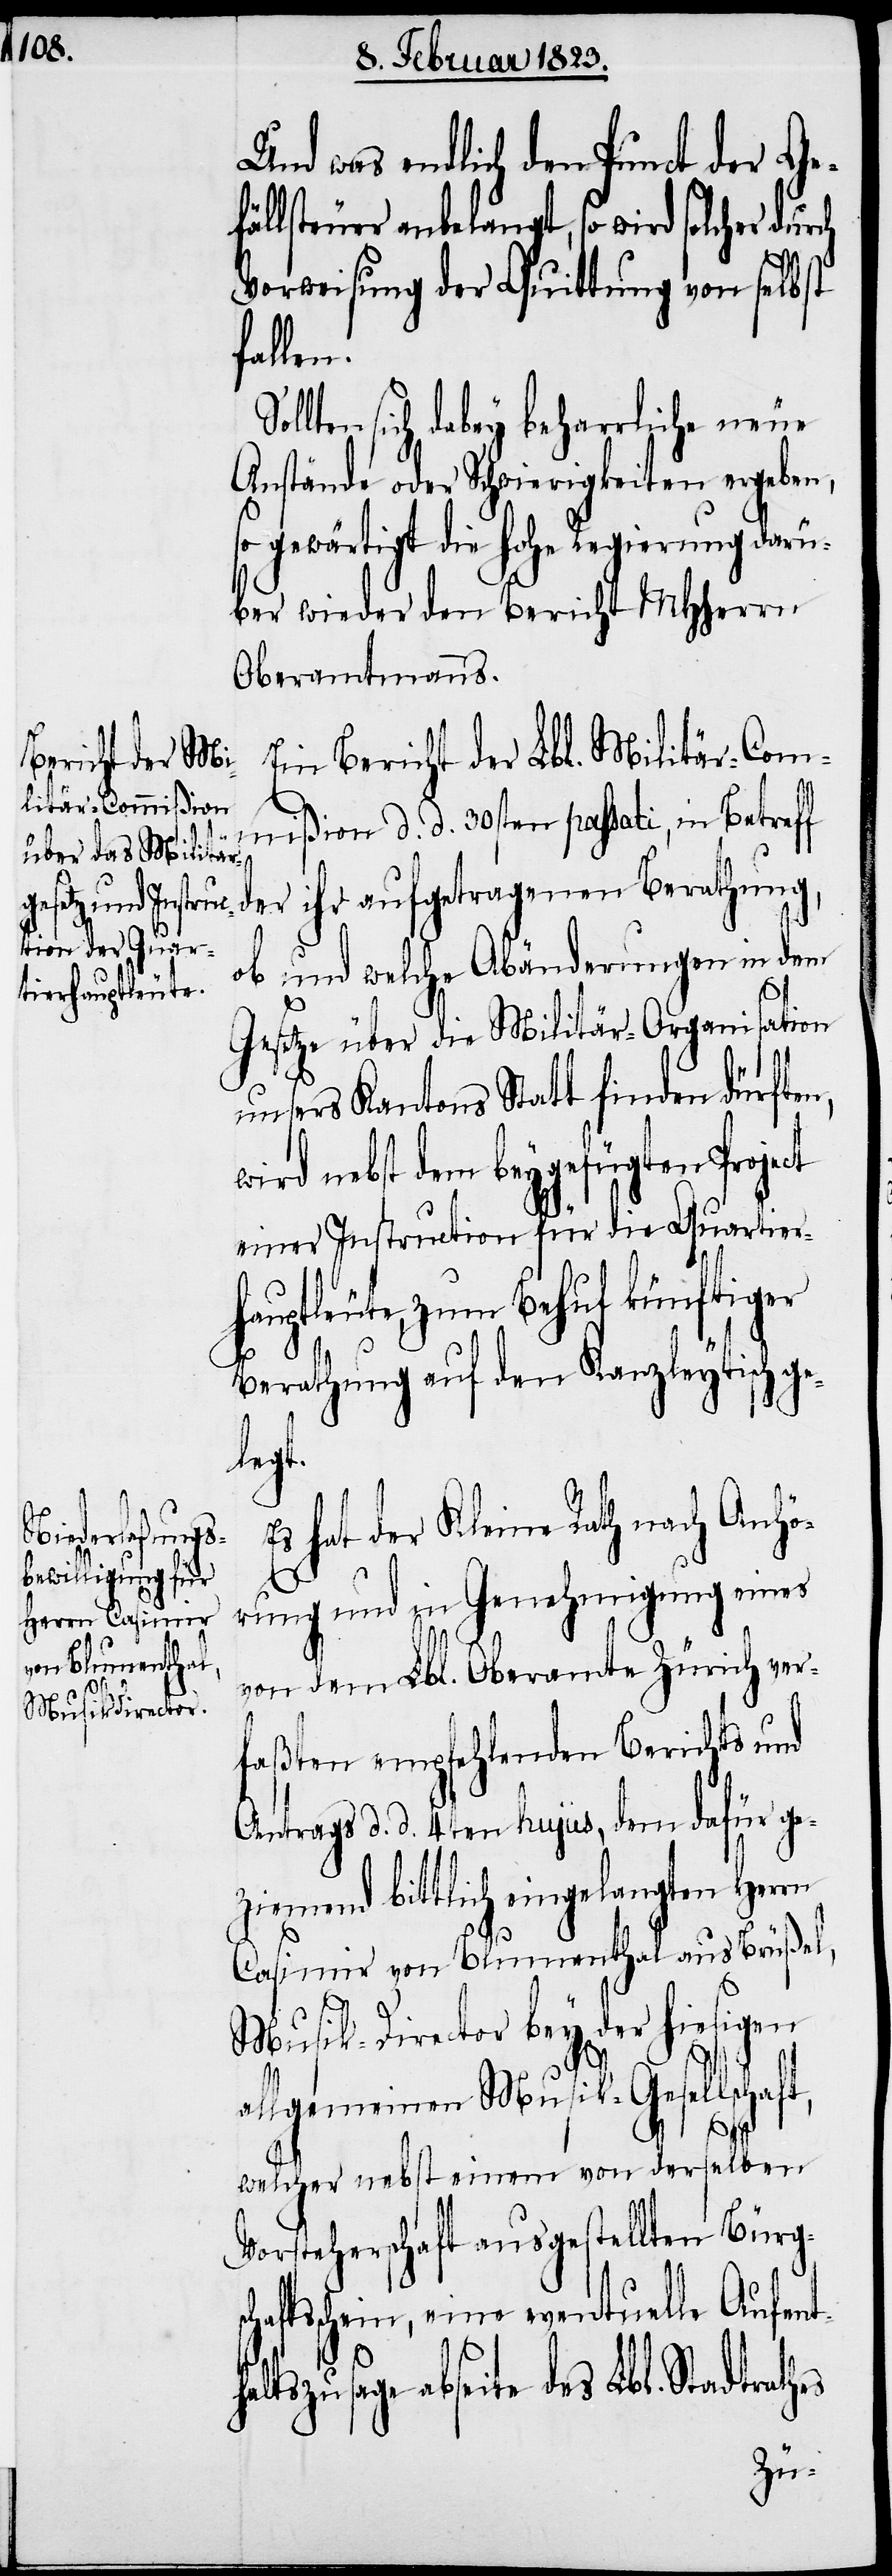
es

Und was endlich den Punct der Ge¬
fällsteuer anbelangt, so wird solcher durch
Vorweisung der Quittung von selbst
fallen.
llten sich dabey beharrliche neue
Anstände oder Schwierigkeiten ergeben,
so gewärtigt die hohe Regierung darü¬
ber wieder den Bericht MHherrn
Oberamtmanns.
Ein Bericht der Lbl. Militär-Commi¬
ßion d. d. 30sten passati, in Betreff
der
und welche Abänderungen in dem
sc¬
Gesetze über die Militär-Organisation
unsers Kantons Statt finden dürften,
wird nebst dem beygefügten Project
einer Instruction für die Quartier¬
hauptleute, zum Behuf künftiger
Berathung auf den Kanzleytisch ge¬
legt.
s hat der Kleine Rath nach Anhö¬
rung und in Genehmigung eines
von dem Lbl. Oberamte Zürich ver¬
faßten empfehlenden Berichts und
Antrags d. d. 4ten hujus, dem dafür ge¬
ziemend bittlich eingelangten Herrn
Casimir von Blumenthal aus Brüßel,
Musik-Director bey der hiesigen
allgemeinen Musik-Gesellschaft,
welcher nebst einem von derselben
Vorsteherschaft ausgestellten Bürg¬
haftsschein, eine eventuelle Aufent¬
haltszusage abseite des Lbl. Stadtrath¬